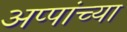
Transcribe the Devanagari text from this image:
अप्पांच्या